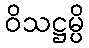
ဝိသဋ္ဌမ္ပိ